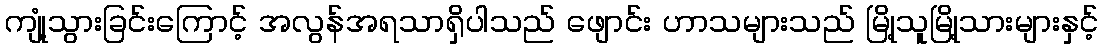
ကျုံ့သွားခြင်းကြောင့် အလွန်အရသာရှိပါသည် ဖျောင်း ဟာသများသည် မြို့သူမြို့သားများနှင့်